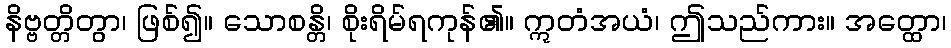
နိဗ္ဗတ္တိတွာ၊ ဖြစ်၍။ သောစန္တိ၊ စိုးရိမ်ရကုန်၏။ ဣတံအယံ၊ ဤသည်ကား။ အတ္ထော၊